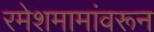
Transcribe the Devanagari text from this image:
रमेशमामांवरून